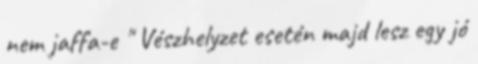
nem jaffa-e " Vészhelyzet esetén majd lesz egy jó